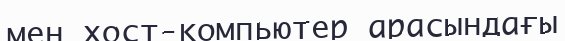
мен хост-компьютер арасындағы